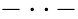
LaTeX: -\cdot\cdot\, -